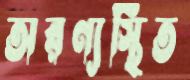
অরণ্যস্থিত